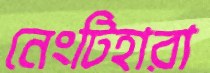
নেংটিহারা